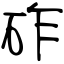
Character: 砟